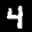
Label: 4